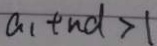
a _ { 1 } + n d > 1